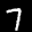
Label: 7